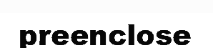
preenclose